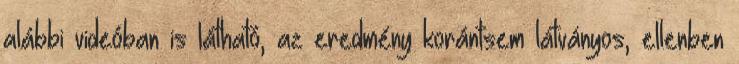
alábbi videóban is látható, az eredmény korántsem látványos, ellenben